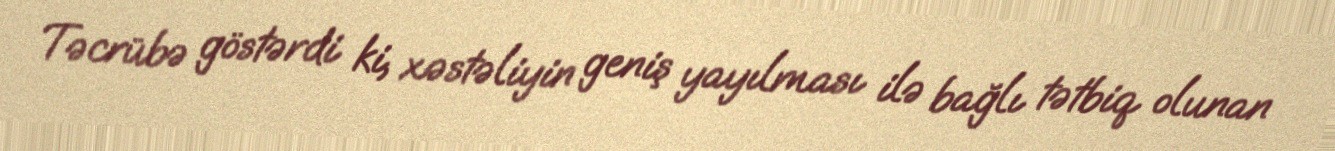
Təcrübə göstərdi ki, xəstəliyin geniş yayılması ilə bağlı tətbiq olunan